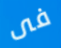
فى